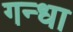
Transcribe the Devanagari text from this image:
गन्धा